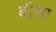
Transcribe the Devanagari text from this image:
बीचा